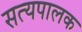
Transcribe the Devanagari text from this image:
सत्यपालक